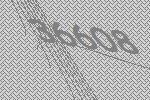
36608